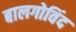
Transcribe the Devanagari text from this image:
बालगोविंद